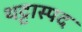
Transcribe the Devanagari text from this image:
थट्टास्पद